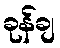
ခုန်ချ